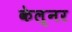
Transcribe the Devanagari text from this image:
केल्नर